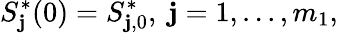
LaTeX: S_{\mathbf{j}}^{*}(0)=S_{\mathbf{j},0}^{*},\ \mathbf{j}=1,...,m_{1},